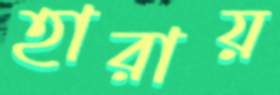
হারায়